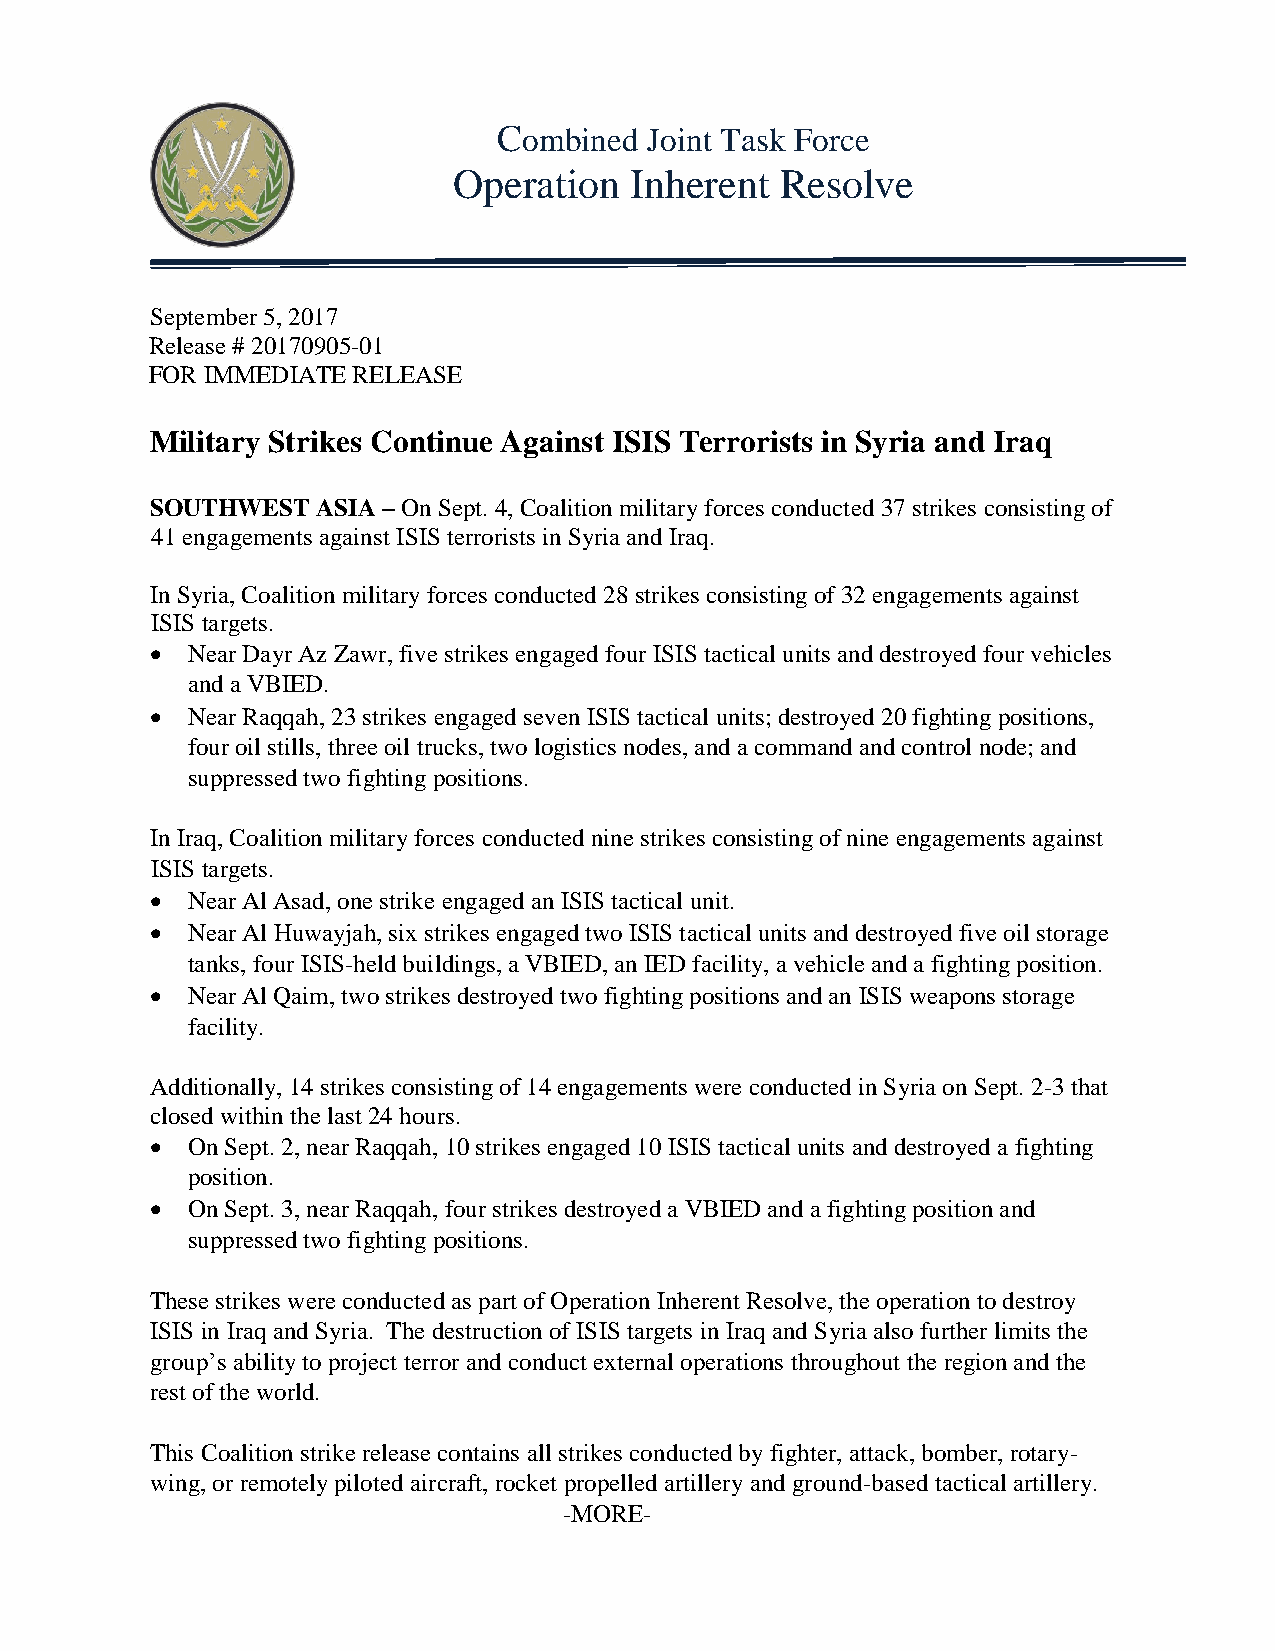
Combined  Joint Task Force
 Operation   Inherent  Resolve
 September 5, 2017
 Release # 20170905-01
 FOR IMMEDIATE RELEASE
 Military Strikes Continue Against ISIS Terrorists in Syria and Iraq
 SOUTHWEST  ASIA – On Sept. 4, Coalition military forces conducted 37 strikes consisting of
 41 engagements against ISIS terrorists in Syria and Iraq.
 In Syria, Coalition military forces conducted 28 strikes consisting of 32 engagements against
 ISIS targets.
  Near Dayr Az Zawr, five strikes engaged four ISIS tactical units and destroyed four vehicles
 and a VBIED.
  Near Raqqah, 23 strikes engaged seven ISIS tactical units; destroyed 20 fighting positions,
 four oil stills, three oil trucks, two logistics nodes, and a command and control node; and
 suppressed two fighting positions.
 In Iraq, Coalition military forces conducted nine strikes consisting of nine engagements against
 ISIS targets.
  Near Al Asad, one strike engaged an ISIS tactical unit.
  Near Al Huwayjah, six strikes engaged two ISIS tactical units and destroyed five oil storage
 tanks, four ISIS-held buildings, a VBIED, an IED facility, a vehicle and a fighting position.
  Near Al Qaim, two strikes destroyed two fighting positions and an ISIS weapons storage
 facility.
 Additionally, 14 strikes consisting of 14 engagements were conducted in Syria on Sept. 2-3 that
 closed within the last 24 hours.
  On Sept. 2, near Raqqah, 10 strikes engaged 10 ISIS tactical units and destroyed a fighting
 position.
  On Sept. 3, near Raqqah, four strikes destroyed a VBIED and a fighting position and
 suppressed two fighting positions.
 These strikes were conducted as part of Operation Inherent Resolve, the operation to destroy
 ISIS in Iraq and Syria. The destruction of ISIS targets in Iraq and Syria also further limits the
 group’s ability to project terror and conduct external operations throughout the region and the
 rest of the world.
 This Coalition strike release contains all strikes conducted by fighter, attack, bomber, rotary-
 wing, or remotely piloted aircraft, rocket propelled artillery and ground-based tactical artillery.
 -MORE-